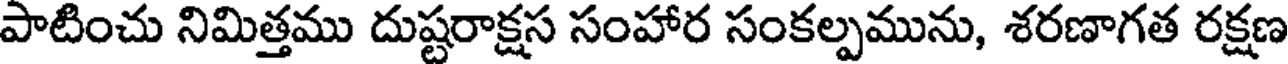
పాటించు నిమిత్తము దుష్టరాక్షస సంహార సంకల్పమును, శరణాగత రక్షణ